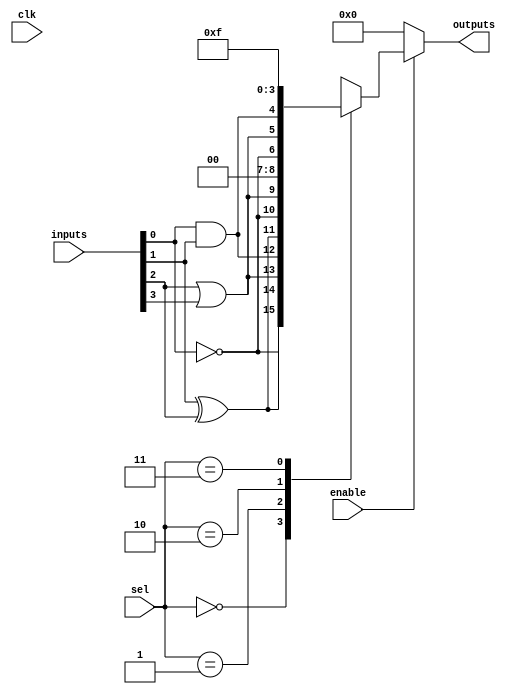
module CLB (
    input wire [3:0] inputs,          // 4 input signals
    input wire [1:0] sel,             // Multiplexer select signals
    input wire clk,                   // Clock signal for synchronous control (if needed)
    input wire enable,                // Control signal to enable the logic block
    output wire [3:0] outputs         // 4 output signals
);

// Internal signals
wire [3:0] lut_out;                  // Output from the LUT
wire [3:0] mux_out;                  // Output from the multiplexer

// Lookup Table (LUT) implementation
// Here we define a simple LUT that implements some combinational logic
// For demonstration, we can define LUT as a simple AND and OR function
assign lut_out[0] = inputs[0] & inputs[1];  // AND function
assign lut_out[1] = inputs[2] | inputs[3];  // OR function
assign lut_out[2] = ~inputs[0];              // NOT function
assign lut_out[3] = inputs[1] ^ inputs[2];  // XOR function

// Multiplexer to select between different LUT outputs based on control signals
always @(*) begin
    case (sel)
        2'b00: mux_out = lut_out;           // Select LUT outputs directly
        2'b01: mux_out = {lut_out[3:1], 1'b0}; // Example of modifying output
        2'b10: mux_out = {1'b0, lut_out[2:0]}; // Another example
        2'b11: mux_out = 4'b1111;            // Default case
        default: mux_out = 4'b0000;          // Fallback
    endcase
end

// Output signals, driven by the multiplexer output when enabled
assign outputs = enable ? mux_out : 4'b0000; // Outputs are zero when not enabled

endmodule